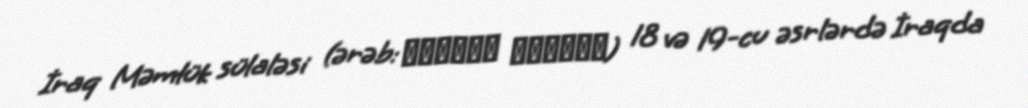
İraq Məmlük sülaləsi (ərəb: مماليك العراق) 18 və 19-cu əsrlərdə İraqda